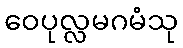
ဝေပုလ္လမဂမံသု